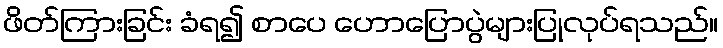
ဖိတ်ကြားခြင်း ခံရ၍ စာပေ ဟောပြောပွဲများပြုလုပ်ရသည်။